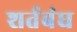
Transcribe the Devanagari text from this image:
शर्तबंध